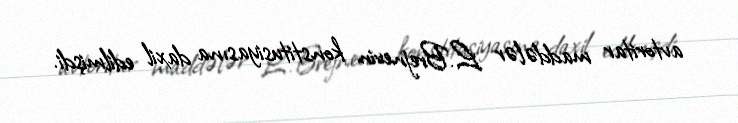
avtoritar maddələr L.Brejnevin konstitusiyasına daxil edilmişdi.